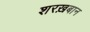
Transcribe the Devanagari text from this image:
शरख़बान